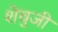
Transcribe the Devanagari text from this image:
शेवुजी